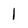
Character: 1